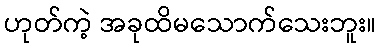
ဟုတ်ကဲ့ အခုထိမသောက်သေးဘူး။